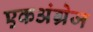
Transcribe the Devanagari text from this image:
एकअंग्रेज